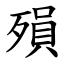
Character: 殞